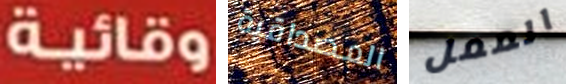
وقائية المصداقية الممل